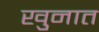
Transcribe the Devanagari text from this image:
खुनात